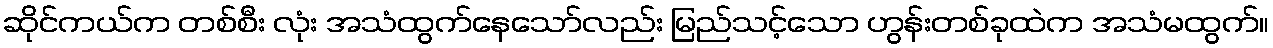
ဆိုင်ကယ်က တစ်စီး လုံး အသံထွက်နေသော်လည်း မြည်သင့်သော ဟွန်းတစ်ခုထဲက အသံမထွက်။